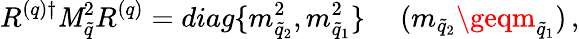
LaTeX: R^{(q)\dagger}{\cal\mathit{M}}_{\tilde{{q}}}^{2}R^{(q)}=diag\{ m_{\tilde{{q}}_{2}}^{2},m_{\tilde{{q}}_{1}}^{2}\} \ \ \ \ \ (m_{\tilde{{q}}_{2}}\geqm_{\tilde{{q}}_{1}})\, ,